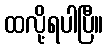
ထလို့ရပါပြီ။